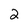
Character: 2